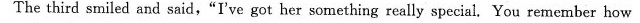
The third smiled and said,"I've got her something really special. You remember how